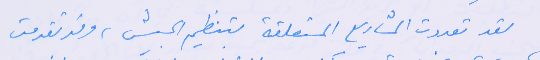
لقد تعددت المشاريع المتعلقة بتنظيم الجيش، وقد تقدمت